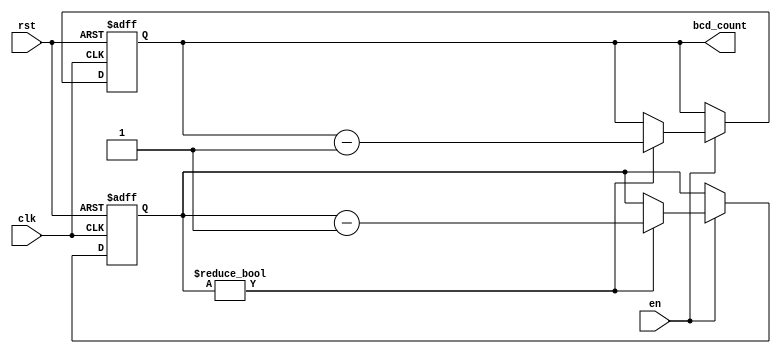
module BCD_Down_Counter_with_Enable (
    input wire clk,
    input wire rst,
    input wire en,
    output reg [3:0] bcd_count
);

reg [15:0] count_val;

always @(posedge clk or posedge rst) begin
    if (rst) begin
        count_val <= 16'b1111_1111_1111_1111;
        bcd_count <= 4'b0000;
    end else if (en) begin
        if (count_val != 0) begin
            count_val <= count_val - 4'b0001;
            bcd_count <= bcd_count - 1;
        end
    end
end

endmodule